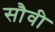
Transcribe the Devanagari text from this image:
सौवी